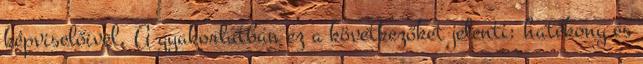
képviselőivel. A gyakorlatban ez a következőket jelenti: hatékony és